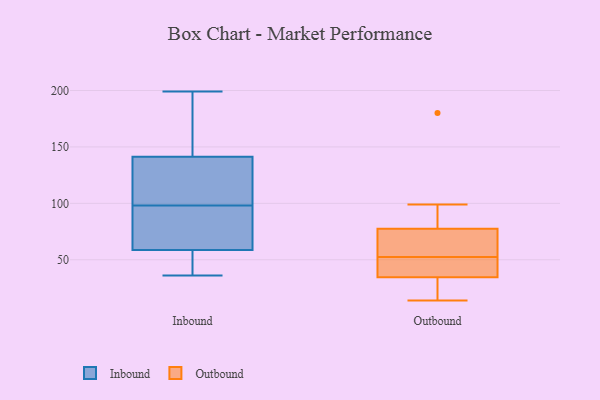
{"axis": {"x": "Market Share (%)", "y": "Value"}, "legend": ["Inbound", "Outbound"], "data": [{"x": "", "y": 61, "type": "Inbound"}, {"x": "", "y": 36, "type": "Inbound"}, {"x": "", "y": 69, "type": "Inbound"}, {"x": "", "y": 98, "type": "Inbound"}, {"x": "", "y": 180, "type": "Inbound"}, {"x": "", "y": 52, "type": "Inbound"}, {"x": "", "y": 199, "type": "Inbound"}, {"x": "", "y": 137, "type": "Inbound"}, {"x": "", "y": 126, "type": "Inbound"}, {"x": "", "y": 154, "type": "Inbound"}, {"x": "", "y": 63, "type": "Inbound"}, {"x": "", "y": 104, "type": "Inbound"}, {"x": "", "y": 39, "type": "Inbound"}, {"x": "", "y": 180, "type": "Outbound"}, {"x": "", "y": 52, "type": "Outbound"}, {"x": "", "y": 52, "type": "Outbound"}, {"x": "", "y": 55, "type": "Outbound"}, {"x": "", "y": 56, "type": "Outbound"}, {"x": "", "y": 31, "type": "Outbound"}, {"x": "", "y": 38, "type": "Outbound"}, {"x": "", "y": 15, "type": "Outbound"}, {"x": "", "y": 99, "type": "Outbound"}, {"x": "", "y": 99, "type": "Outbound"}, {"x": "", "y": 53, "type": "Outbound"}, {"x": "", "y": 14, "type": "Outbound"}]}